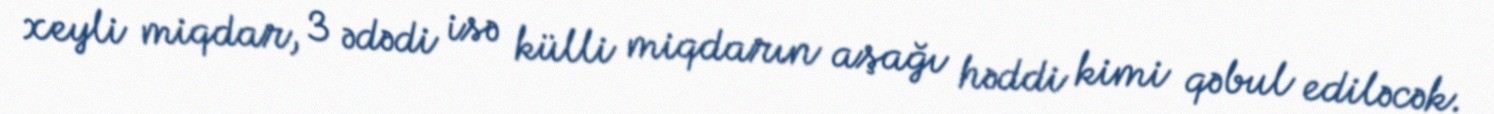
xeyli miqdar, 3 ədədi isə külli miqdarın aşağı həddi kimi qəbul ediləcək.